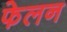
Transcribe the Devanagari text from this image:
फेलन